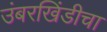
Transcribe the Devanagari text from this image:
उंबरखिंडीचा